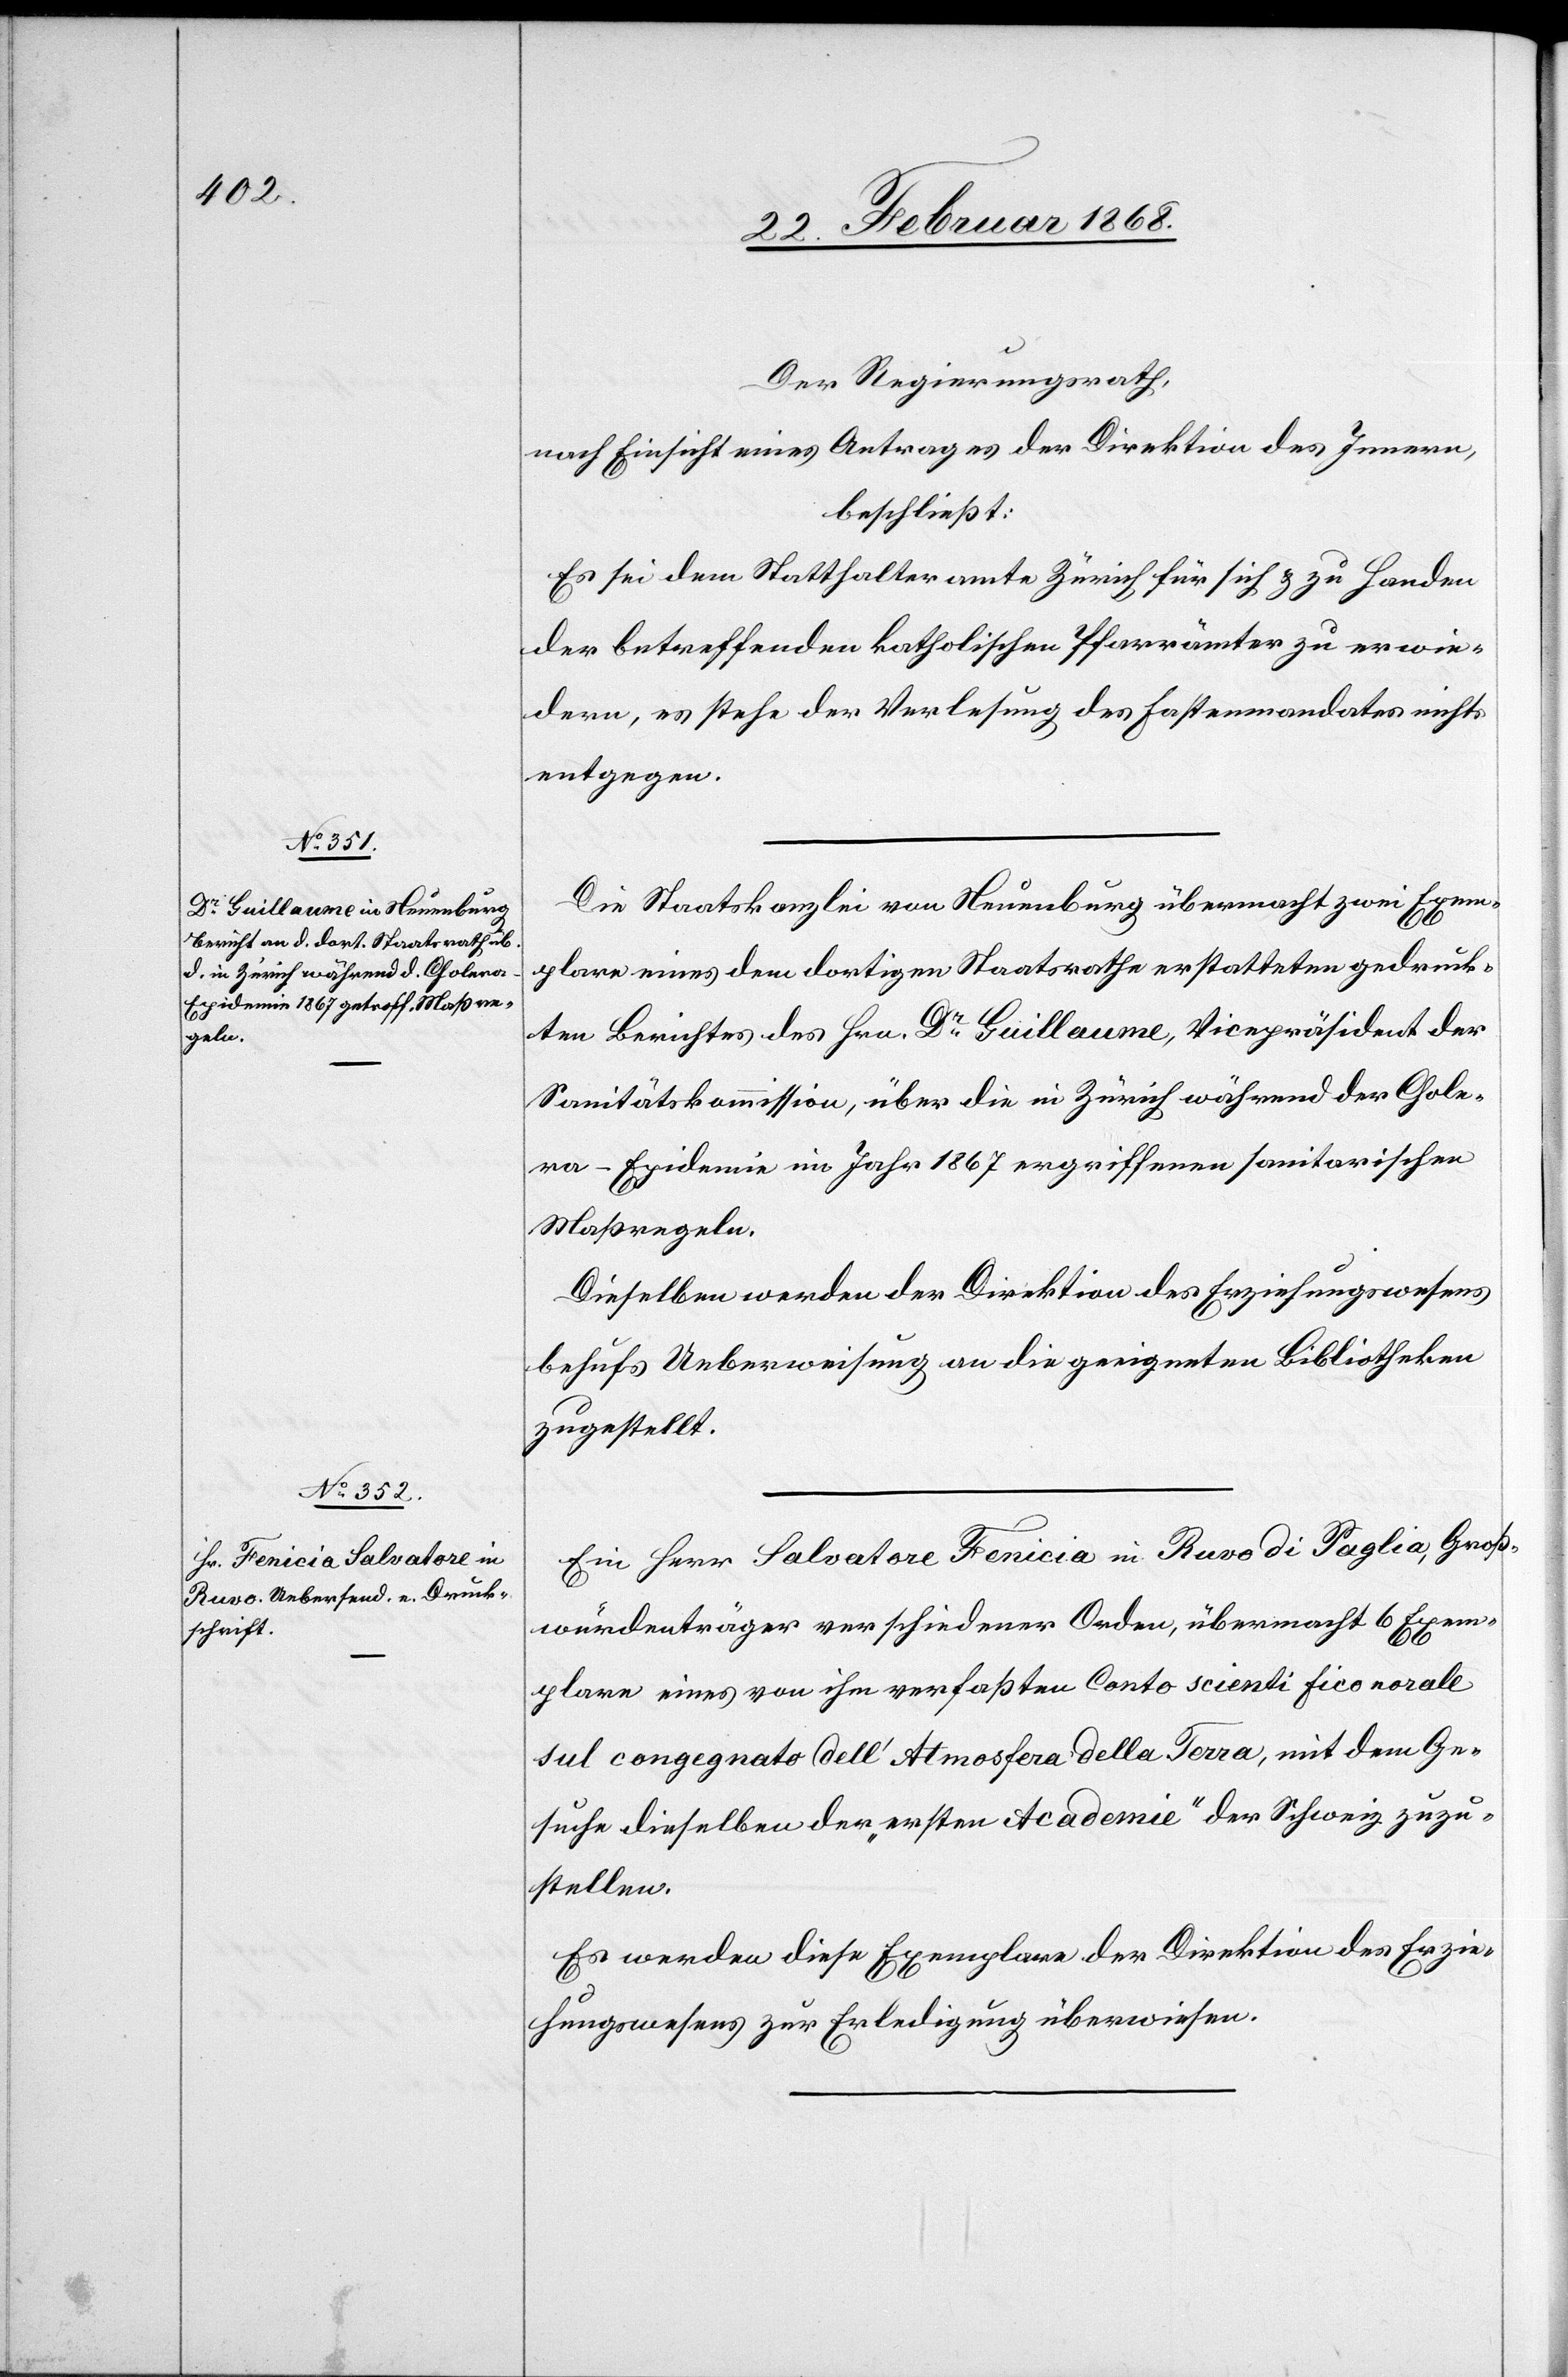
Der Regierungsrath,
nach Einsicht eines Antrages der Direktion des Innern,
beschließt:
Es sei dem Statthalteramte Zürich für sich & zu Handen
der betreffenden katholischen Pfarrämter zu erwie¬
dern, es stehe der Verlesung des Fastenmandates nichts
entgegen.
Die Staatskanzlei von Neuenburg übermacht zwei Exem¬
plare eines dem dortigen Staatsrathe erstatteten gedruck¬
ten Berichtes des Hrn. Dr. Guillaume, Vicepräsident der
Sanitätskommission, über die in Zürich während der Chole¬
ra-Epidemie im Jahr 1867 ergriffenen sanitarischen
Maßregeln.
Dieselben werden der Direktion des Erziehungswesens
behufs Ueberweisung an die geeigneten Bibliotheken
zugestellt.
Ein Herr Salvatore Fenicia in Ruvo di Paglia, Groß¬
würdenträger verschiedener Orden, übermacht 6 Exem¬
plare eines von ihm verfaßten Conto scienti fico norale
sul congegnato dell‘ Atmosfera della Terra, mit dem Ge¬
suche dieselben der „ersten Academie“ der Schweiz zuzu¬
stellen.
Es werden diese Exemplare der Direktion des Erzie¬
hungswesens zur Erledigung überwiesen.